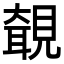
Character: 𧡵